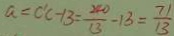
a = c ^ { 1 } c - 1 3 = \frac { 2 4 0 } { 1 3 } - 1 3 = \frac { 7 1 } { 1 3 }